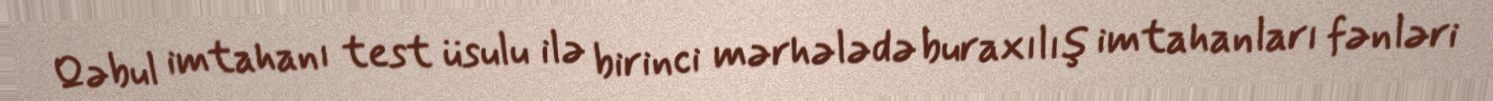
Qəbul imtahanı test üsulu ilə birinci mərhələdə buraxılış imtahanları fənləri